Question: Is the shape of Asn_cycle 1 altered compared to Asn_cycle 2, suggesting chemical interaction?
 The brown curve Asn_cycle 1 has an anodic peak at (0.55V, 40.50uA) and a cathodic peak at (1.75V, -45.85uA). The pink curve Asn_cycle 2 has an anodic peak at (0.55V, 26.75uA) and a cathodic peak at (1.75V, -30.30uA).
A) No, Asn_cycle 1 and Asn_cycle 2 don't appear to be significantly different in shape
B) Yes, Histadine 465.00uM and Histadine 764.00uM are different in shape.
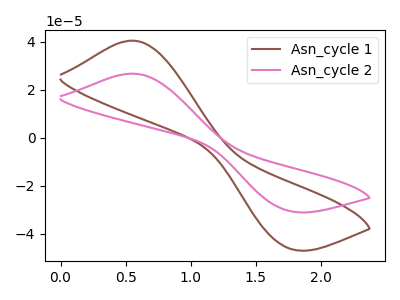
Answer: <think>All the peaks in "Asn_cycle 1" have a peak in "Asn_cycle 2" at the same potential. Every peak in "Asn_cycle 1" is higher than every peak in "Asn_cycle 2".
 </think>
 <answer>A) No, "Asn_cycle 1" and "Asn_cycle 2" don't appear to be significantly different in shape</answer>
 <eval>A</eval>